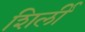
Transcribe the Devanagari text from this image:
शिर्ली